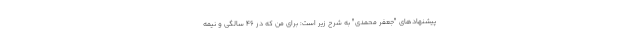
پیشنهادهای "جعفر محمدی" به شرح زیر است: برای من که در 46 سالگی و نیمه